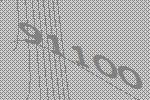
91100